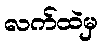
လက်ထဲမှ